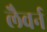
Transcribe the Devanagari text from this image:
लैवर्न